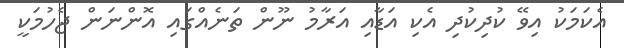
އެކަމަކު އިވޭ ކުދިކުދި އެކި އަޑާއި އަރާމު ނޫން ތަނެއްގައި އޮންނަން ޖެހުމަކީ